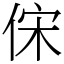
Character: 俕